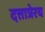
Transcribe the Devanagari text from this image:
दत्तात्रेरय